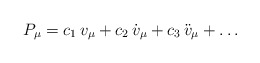
\begin{align*}P_\mu=c_1\,v_\mu+ c_2\,{\dot v}_\mu +c_3\,{\ddot v}_\mu +\ldots\end{align*}